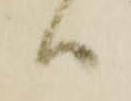
ハ